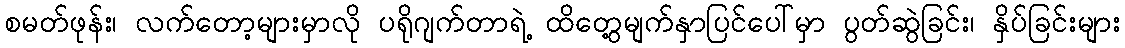
စမတ်ဖုန်း၊ လက်တော့များမှာလို ပရိုဂျက်တာရဲ့ ထိတွေ့မျက်နှာပြင်ပေါ်မှာ ပွတ်ဆွဲခြင်း၊ နှိပ်ခြင်းများ